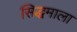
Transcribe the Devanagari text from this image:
सिद्धमाला